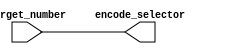
module target_selector(target_number, encode_selector);
input [3:0] target_number;	//change to 32 bit
output [3:0] encode_selector;

assign encode_selector = target_number;
endmodule